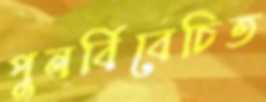
পুনর্বিবেচিত